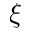
\xi